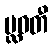
ပ္လဝတီ